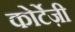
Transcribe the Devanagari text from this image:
कोर्टेज़ी